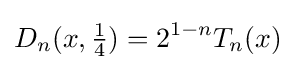
D_{n}(x,{\tfrac {1}{4}})=2^{1-n}T_{n}(x)